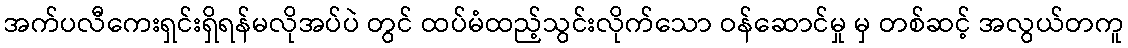
အက်ပလီကေးရှင်းရှိရန်မလိုအပ်ပဲ တွင် ထပ်မံထည့်သွင်းလိုက်သော ဝန်ဆောင်မှု မှ တစ်ဆင့် အလွယ်တကူ